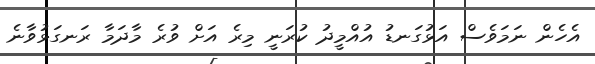
އެހެން ނަމަވެސް އަޅުގަނޑު އުއްމީދު ކުރަނީ މިރެ އަށް ވުރެ މާދަމާ ރަނގަޅުވާނެ